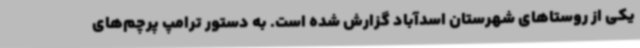
یکی از روستاهای شهرستان اسدآباد گزارش شده است. به دستور ترامپ پرچم‌های